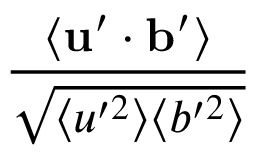
\frac { \langle \mathbf { u } ^ { \prime } \cdot \mathbf { b } ^ { \prime } \rangle } { \sqrt { \langle u ^ { \prime 2 } \rangle \langle b ^ { \prime 2 } \rangle } }